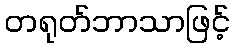
တရုတ်ဘာသာဖြင့်